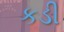
કડી